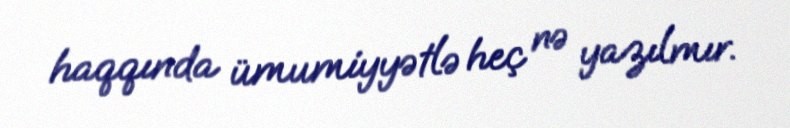
haqqında ümumiyyətlə heç nə yazılmır.